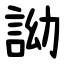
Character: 詏